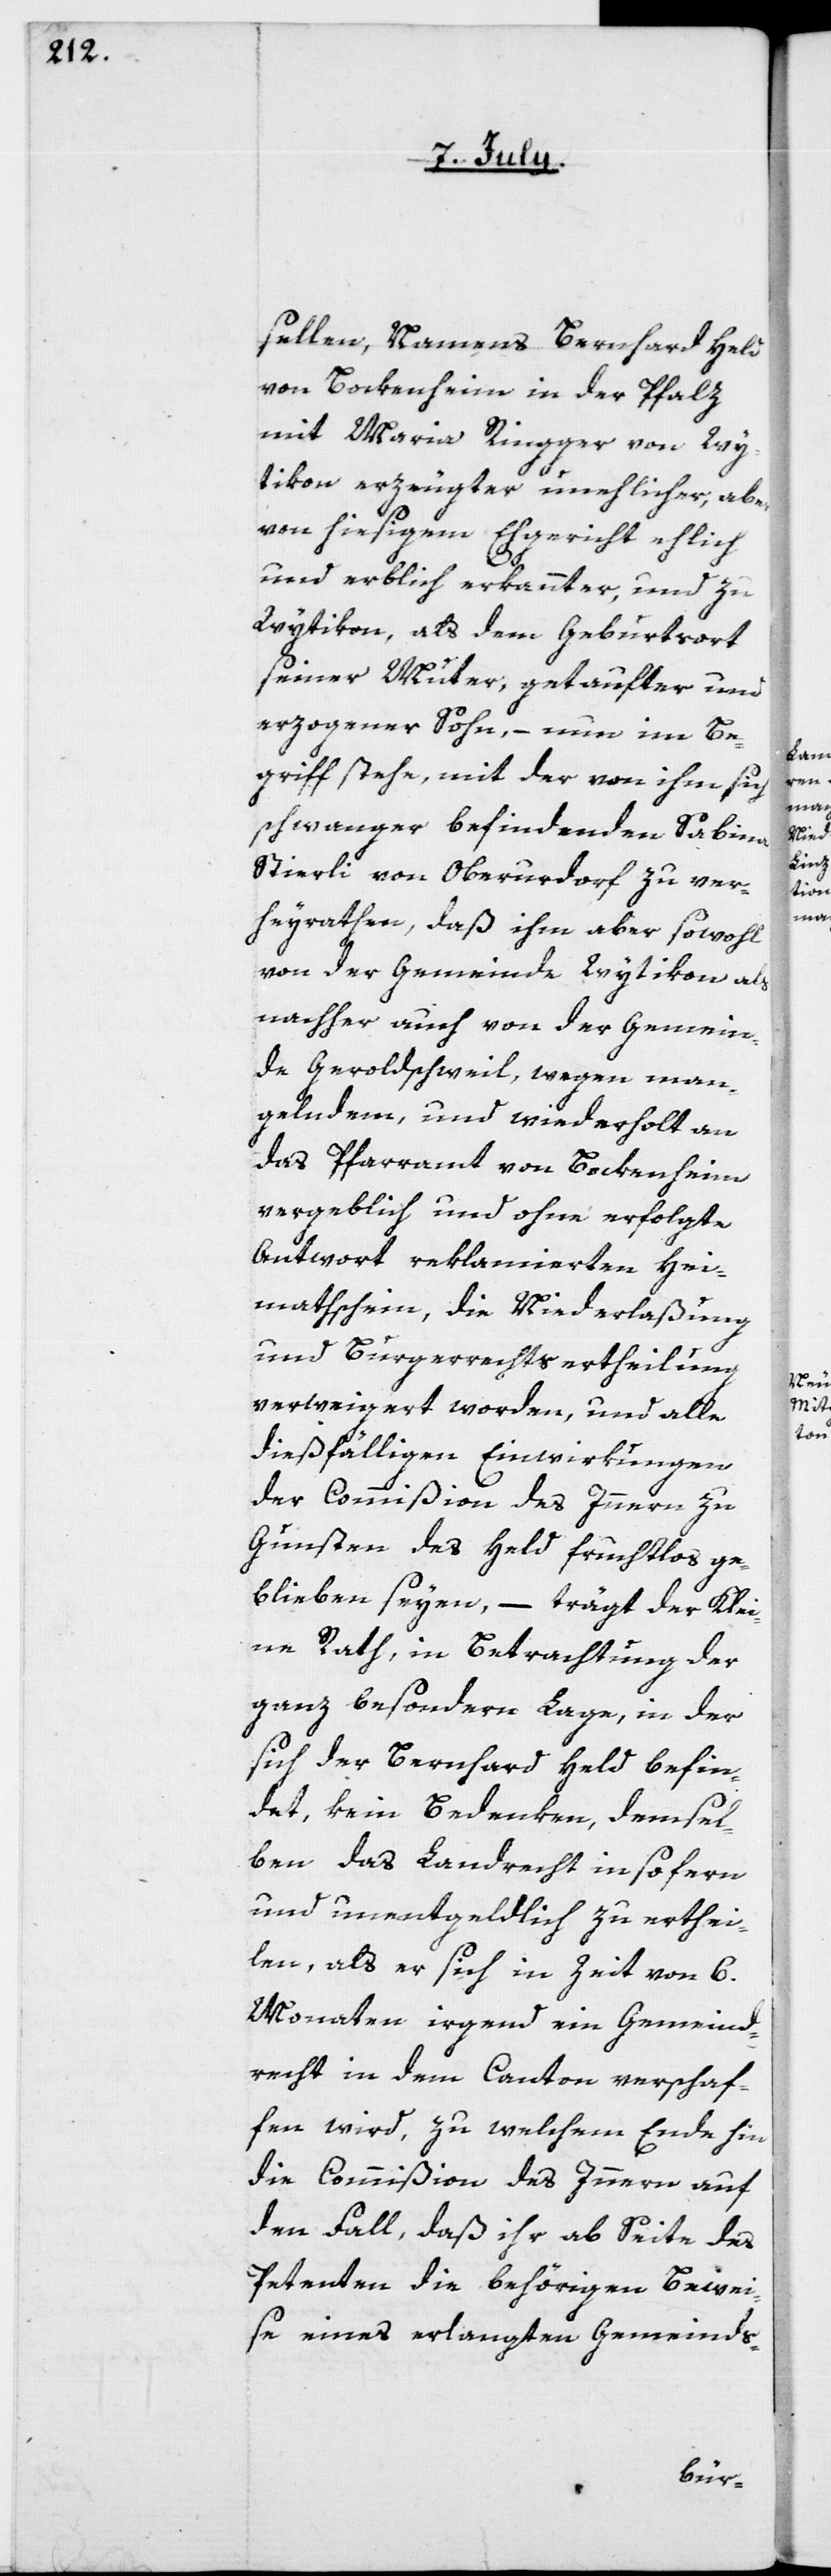
sellen, Namens Bernhard Held
von Bockenheim in der Pfalz
mit Maria Ringger von Wy¬
tikon erzeugter unehelicher, aber
von hiesigem Ehegericht ehlich
und erblich erkannter, und zu
Wytikon, als dem Geburtsort
seiner Muter, getaufter und
erzogener Sohn, – nun im Be¬
griff stehe, mit der von ihm sich
schwanger befindenden Sabina
Stierli von Oberurdorf zu ver¬
heyrathen, daß ihm aber sowohl
von der Gemeinde Wytikon als
nachher auch von der Gemein¬
de Geroldschweil, wegen man¬
gelndemn und wiederholt an
das Pfarramt von Beokenheim
vergeblich und ohne erfolgte
Antwort reklamierten Hei¬
mathschein, die Niederlaßung
und Burgerrechtsertheilung
verweigert worden, und alle
dießfälligen Einwirkungen
der Commißion des Innern zu
Gunsten des Held fruchtlos ge¬
blieben seyen, – trägt der Klei¬
ne Rath, in Betrachtung der
ganz besondern Lage, in der
sich der Bernhard Held befin¬
det, kein Bedenken, demsel¬
ben das Landrecht insofern
und unentgeldlich zu erthei¬
len, als er sich in Zeit von 6.
Monaten irgend ein Gemeind¬
recht in dem Canton verschaf¬
fen wird, zu welchem Ende hin
die Commißion des Innern auf
den Fall, daß ihr ab Seite des
Petenten die behörigen Bewei¬
se eines erlangten Gemeinds-